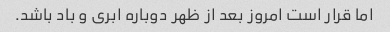
اما قرار است امروز بعد از ظهر دوباره ابری و باد باشد.